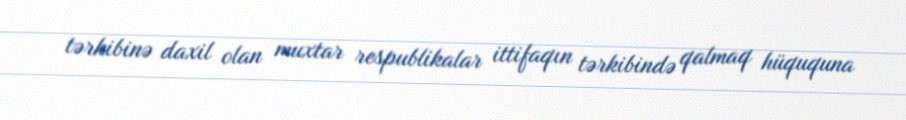
tərkibinə daxil olan muxtar respublikalar ittifaqın tərkibində qalmaq hüququna